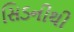
સિડનીથી